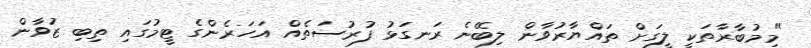
"މިމުބާރާތަކީ ލީގަށް ތައްޔާރުވާން ލިބޭނެ ރަނގަޅު ފުރުސަތެއް އަހަރެންގެ ޓީމުގައި ތިބި ޒުވާން